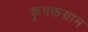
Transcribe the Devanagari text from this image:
कृषकग्राम